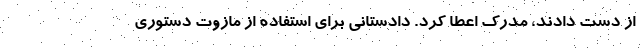
از دست دادند، مدرک اعطا کرد. دادستانی برای استفاده از مازوت دستوری